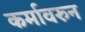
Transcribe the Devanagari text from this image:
कर्मावरुन